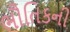
ભૌતિકની